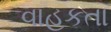
વાહકતા